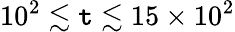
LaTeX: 10^{2}\lesssim\mathtt{t}\lesssim15\times10^{2}